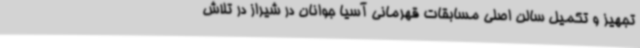
تجهیز و تکمیل سالن اصلی مسابقات قهرمانی آسیا جوانان در شیراز در تلاش